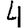
Digit: 4